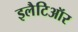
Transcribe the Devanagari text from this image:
इलैटिऑर